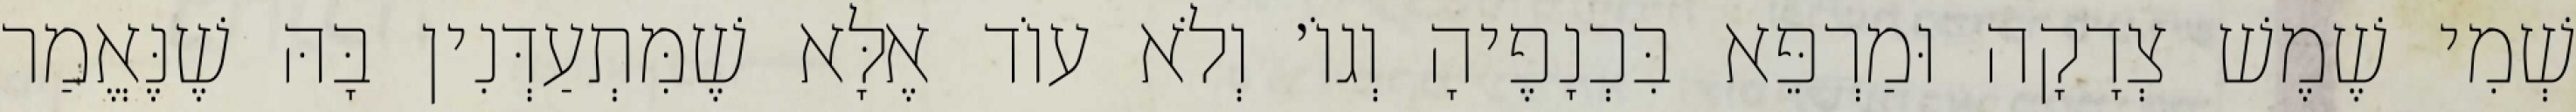
שְׁמִי שֶׁמֶשׁ צְדָקָה וּמַרְפֵּא בִּכְנָפֶיהָ וְגוֹ׳ וְלֹא עוֹד אֶלָּא שֶׁמִּתְעַדְּנִין בָּהּ שֶׁנֶּאֱמַר